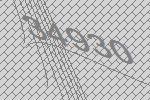
34930